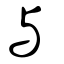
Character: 與